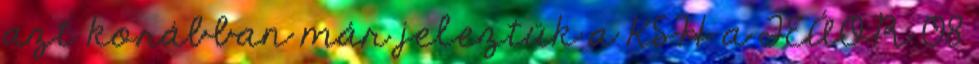
azt korábban már jeleztük a KSH a TEÁOR 08